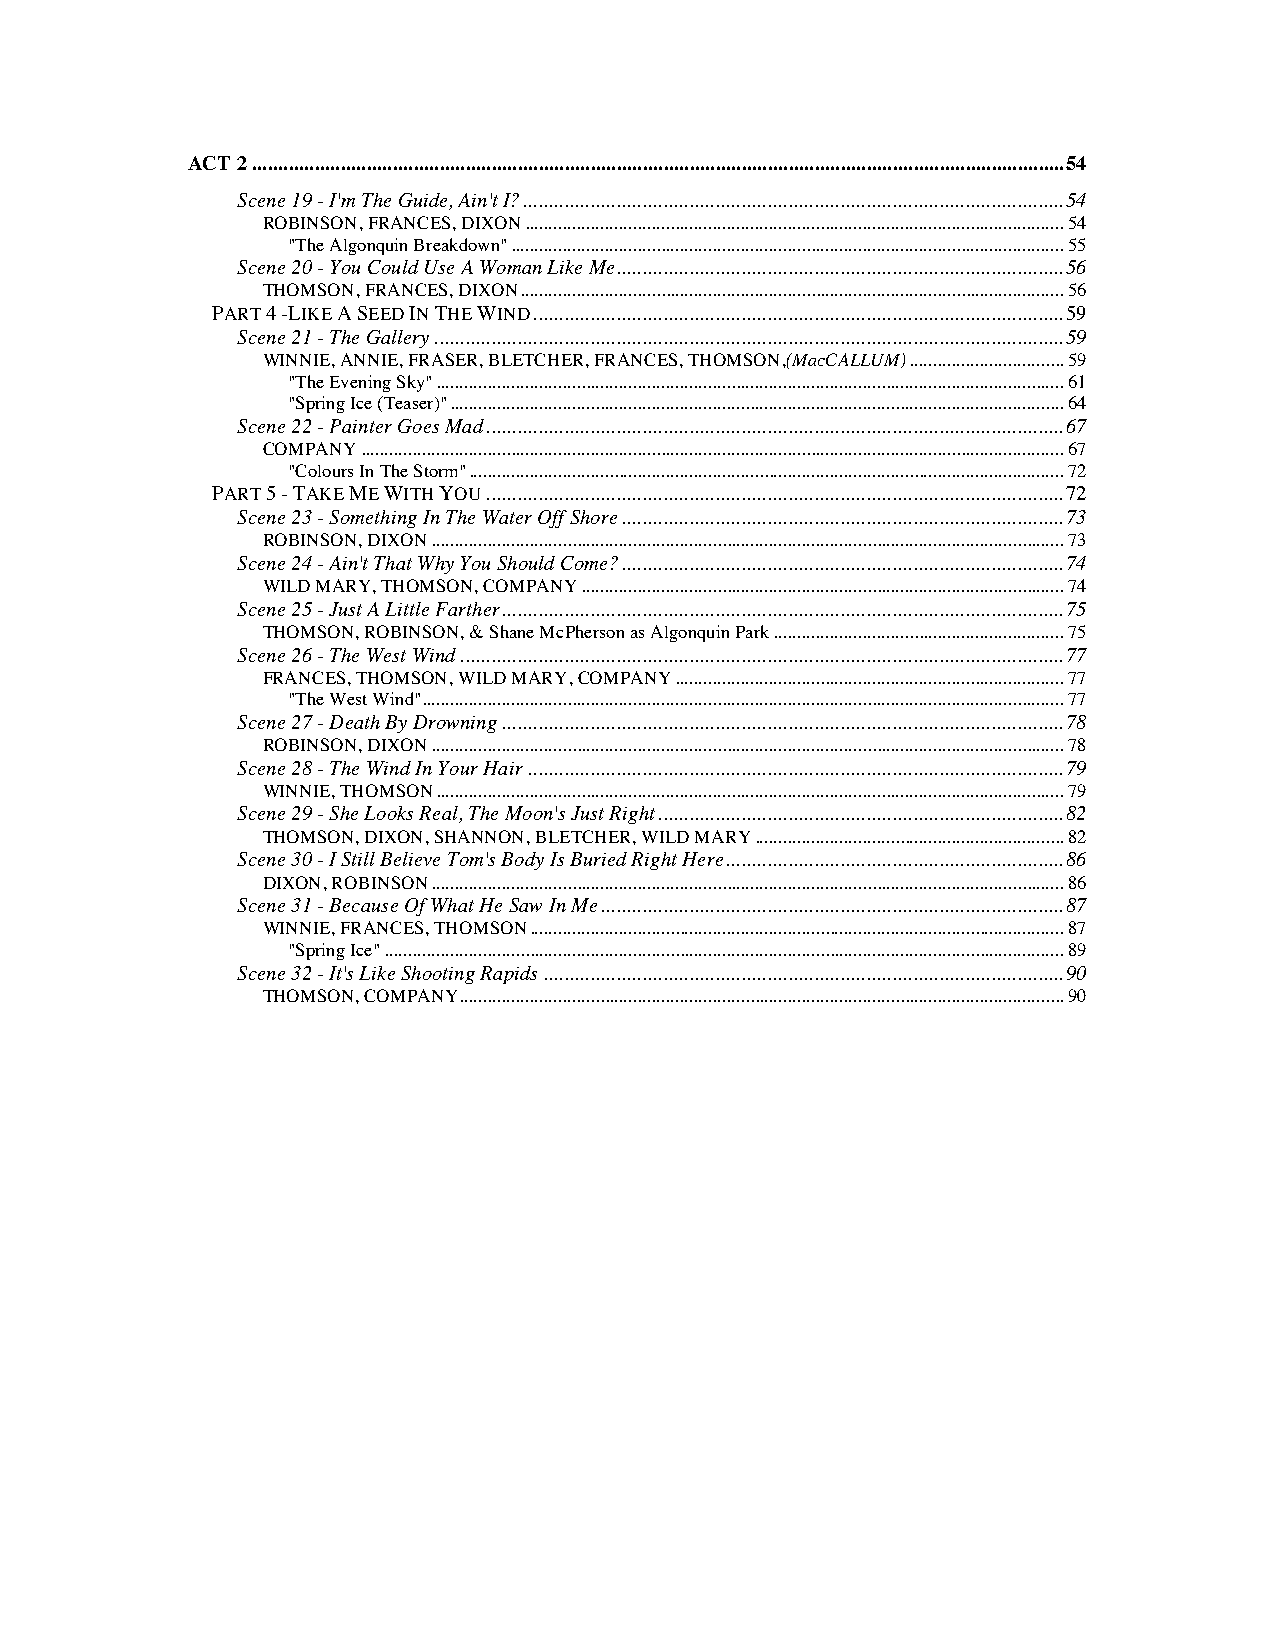
ACT 2 ............................................................................................................................................................ 54
 Scene 19 - I'm The Guide, Ain't I? ........................................................................................................ 54
 ROBINSON, FRANCES, DIXON ................................................................................................................... 54
 "The Algonquin Breakdown" ...................................................................................................................... 55
 Scene 20 - You Could Use A Woman Like Me ...................................................................................... 56
 THOMSON, FRANCES, DIXON .................................................................................................................... 56
 PART 4 -LIKE A SEED IN THE WIND ...................................................................................................... 59
 Scene 21 - The Gallery ......................................................................................................................... 59
 WINNIE, ANNIE, FRASER, BLETCHER, FRANCES, THOMSON,(MacCALLUM) ................................. 59
 "The Evening Sky" ...................................................................................................................................... 61
 "Spring Ice (Teaser)" ................................................................................................................................... 64
 Scene 22 - Painter Goes Mad ............................................................................................................... 67
 COMPANY ...................................................................................................................................................... 67
 "Colours In The Storm" ............................................................................................................................... 72
 PART 5 - TAKE ME WITH YOU ............................................................................................................... 72
 Scene 23 - Something In The Water Off Shore ..................................................................................... 73
 ROBINSON, DIXON ....................................................................................................................................... 73
 Scene 24 - Ain't That Why You Should Come? ..................................................................................... 74
 WILD MARY, THOMSON, COMPANY ....................................................................................................... 74
 Scene 25 - Just A Little Farther ............................................................................................................ 75
 THOMSON, ROBINSON, & Shane McPherson as Algonquin Park .............................................................. 75
 Scene 26 - The West Wind .................................................................................................................... 77
 FRANCES, THOMSON, WILD MARY, COMPANY ................................................................................... 77
 "The West Wind" ......................................................................................................................................... 77
 Scene 27 - Death By Drowning ............................................................................................................ 78
 ROBINSON, DIXON ....................................................................................................................................... 78
 Scene 28 - The Wind In Your Hair ....................................................................................................... 79
 WINNIE, THOMSON ...................................................................................................................................... 79
 Scene 29 - She Looks Real, The Moon's Just Right .............................................................................. 82
 THOMSON, DIXON, SHANNON, BLETCHER, WILD MARY .................................................................. 82
 Scene 30 - I Still Believe Tom's Body Is Buried Right Here ................................................................. 86
 DIXON, ROBINSON ....................................................................................................................................... 86
 Scene 31 - Because Of What He Saw In Me ......................................................................................... 87
 WINNIE, FRANCES, THOMSON .................................................................................................................. 87
 "Spring Ice" ................................................................................................................................................. 89
 Scene 32 - It's Like Shooting Rapids .................................................................................................... 90
 THOMSON, COMPANY ................................................................................................................................. 90